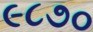
૯૮૭૦